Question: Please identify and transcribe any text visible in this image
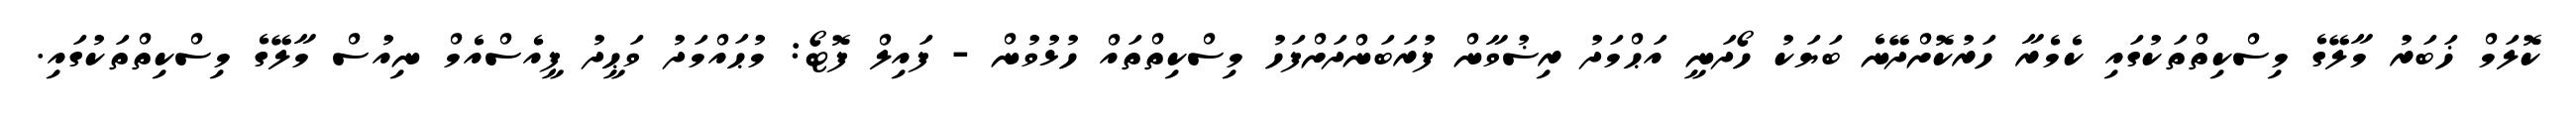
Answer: ކޮލަމް ޚަބަރު މާލޭގެ މިސްކިތްތަކުގައި ކެމެރާ ހަރުކޮށްދޭނެ ބަޔަކު ހޯދަނީ އަޙްމަދު ރިޟުވާން ފުރަބަންދަށްފަހު މިސްކިތްތައް ހުޅުވުން - ފައިލް ފޮޓޯ: މުޙައްމަދު ވަޙީދު ޕީއެސްއެމް ނިއުސް މާލޭގެ މިސްކިތްތަކުގައި.